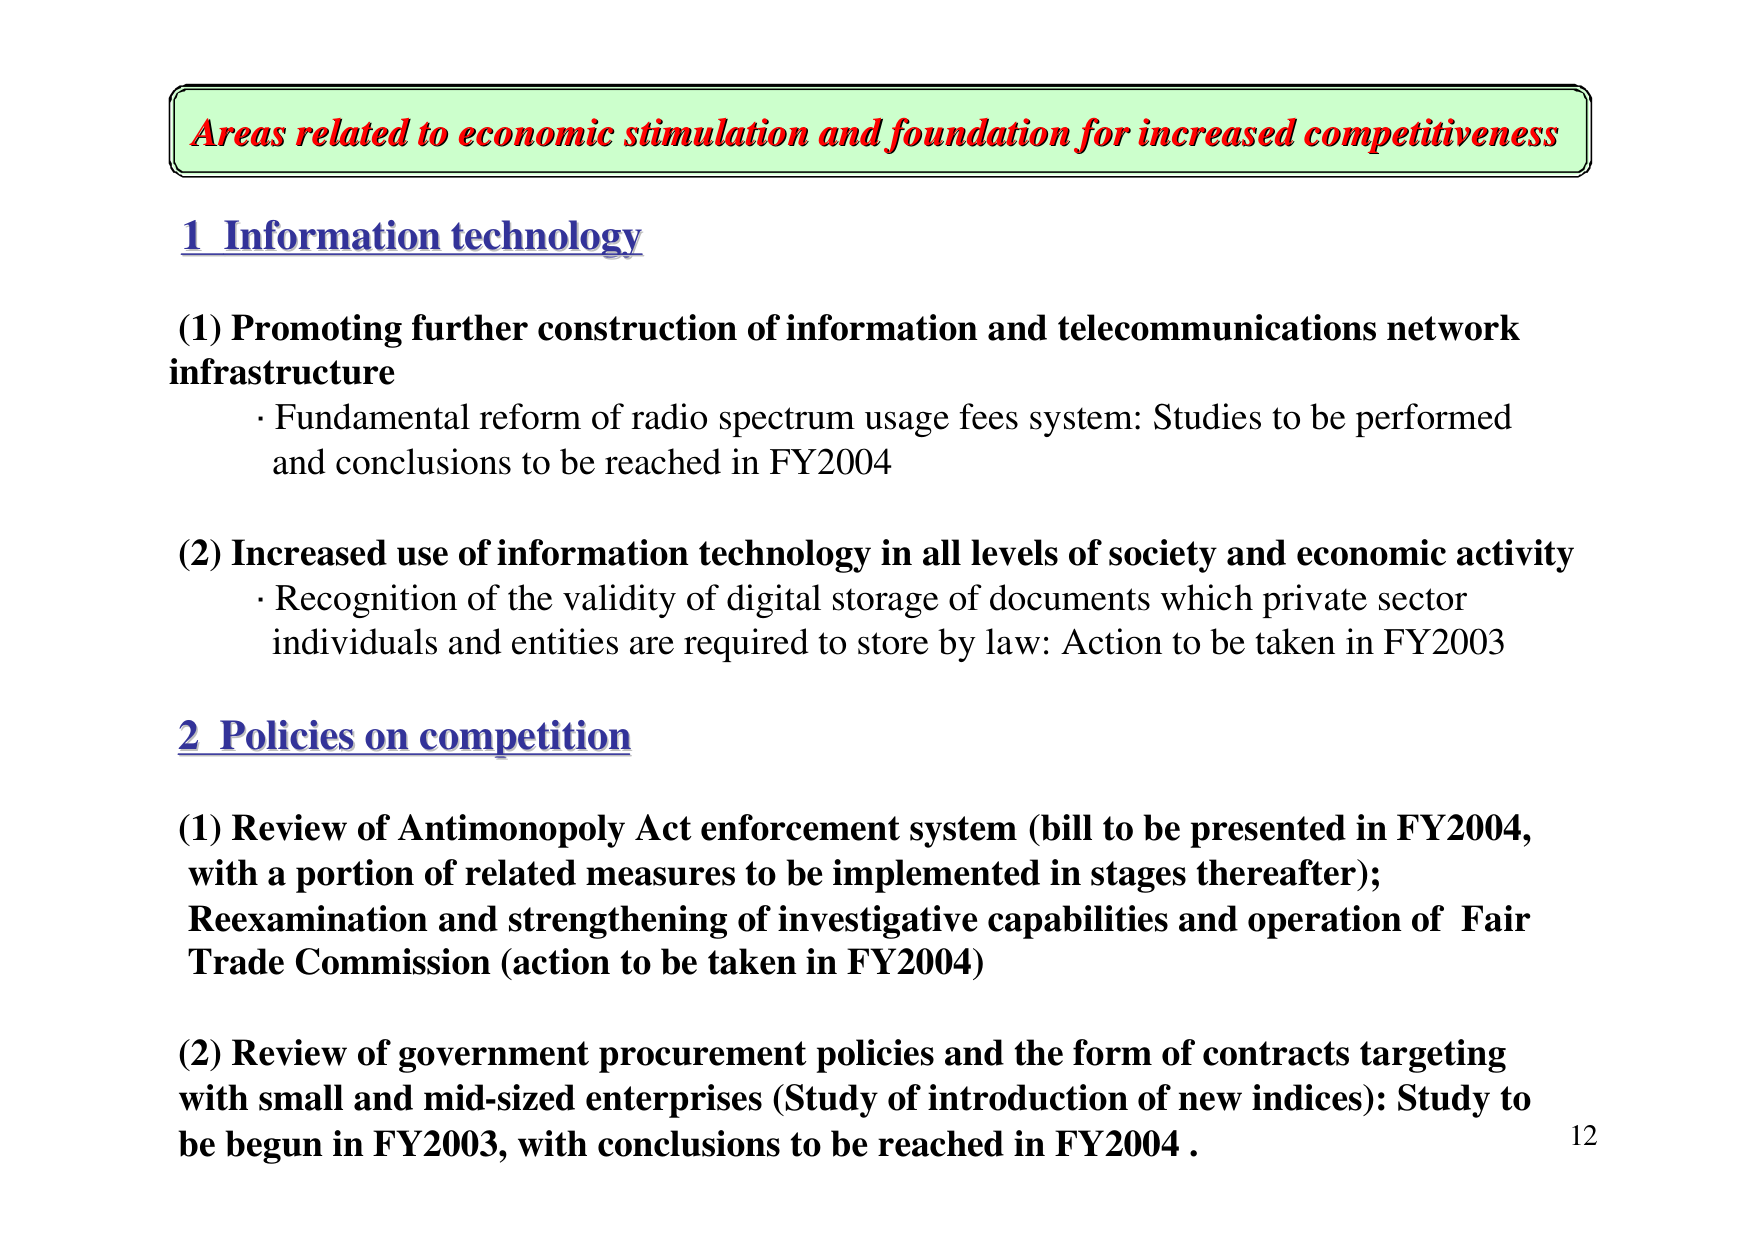
Areas related to economic stimulation and foundation for increased competitiveness

1 Information technology

(1) Promoting further construction of information and telecommunications network infrastructure
· Fundamental reform of radio spectrum usage fees system: Studies to be performed and conclusions to be reached in FY2004

(2) Increased use of information technology in all levels of society and economic activity
· Recognition of the validity of digital storage of documents which private sector individuals and entities are required to store by law: Action to be taken in FY2003

2 Policies on competition

(1) Review of Antimonopoly Act enforcement system (bill to be presented in FY2004, with a portion of related measures to be implemented in stages thereafter); Reexamination and strengthening of investigative capabilities and operation of Fair Trade Commission (action to be taken in FY2004)

(2) Review of government procurement policies and the form of contracts targeting with small and mid-sized enterprises (Study of introduction of new indices): Study to be begun in FY2003, with conclusions to be reached in FY2004.

12